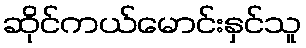
ဆိုင်ကယ်မောင်းနှင်သူ